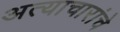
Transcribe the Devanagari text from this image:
अत्याचारांचे